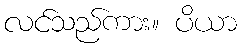
လင်သည်ကား။ ပိယာ